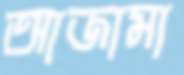
আজামা